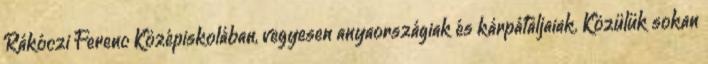
Rákóczi Ferenc Középiskolában, vegyesen anyaországiak és kárpátaljaiak. Közülük sokan